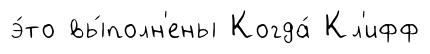
э́то вы́полн'ены Когда́ Кл'ифф